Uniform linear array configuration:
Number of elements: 8
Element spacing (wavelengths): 0.75
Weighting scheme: blackman
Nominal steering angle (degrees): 60
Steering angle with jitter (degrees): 61.785
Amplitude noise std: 0.05
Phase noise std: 0.05

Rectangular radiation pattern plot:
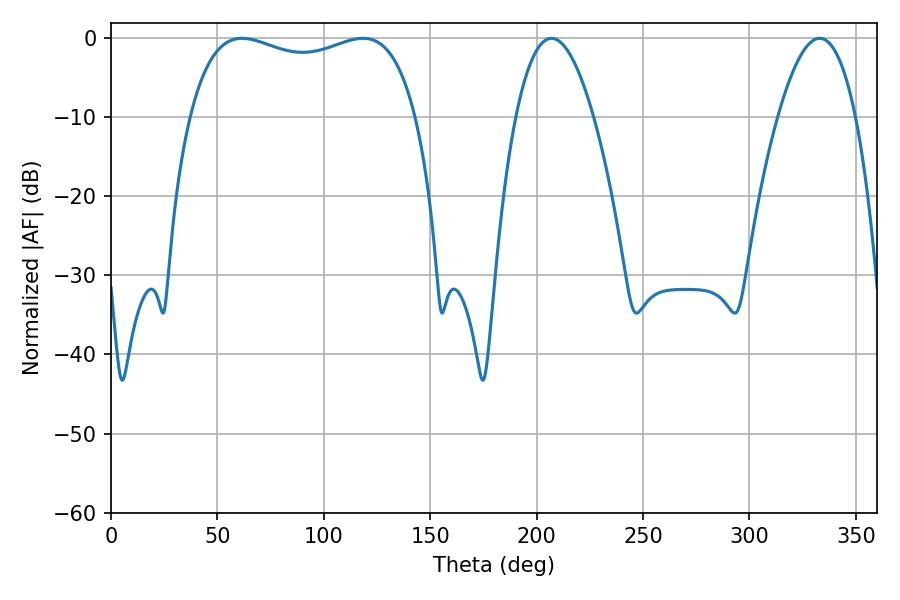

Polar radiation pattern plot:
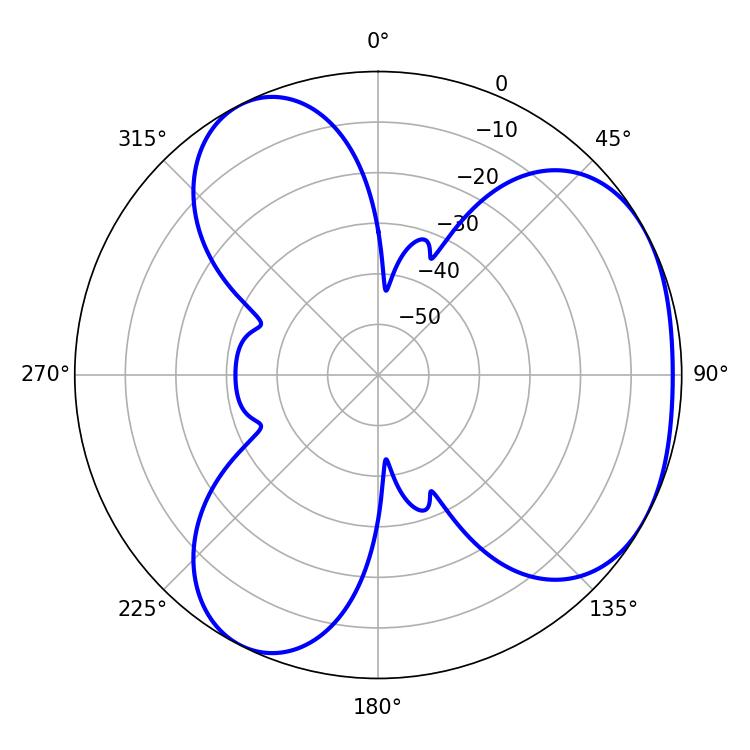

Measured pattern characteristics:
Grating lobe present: TRUE
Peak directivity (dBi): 3.728
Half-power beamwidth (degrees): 19.98
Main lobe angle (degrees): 333